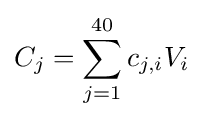
C_{j}=\sum _{j=1}^{40}c_{j,i}V_{i}